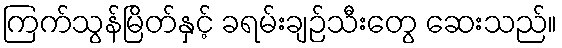
ကြက်သွန်မြိတ်နှင့် ခရမ်းချဉ်သီးတွေ ဆေးသည်။